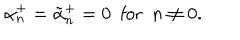
\alpha _ { n } ^ { + } = \tilde { \alpha } _ { n } ^ { + } = 0 \, \, \, \mathrm { f o r } \, \, \, n \not = 0 .